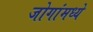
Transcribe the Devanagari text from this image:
जोगांमध्ये